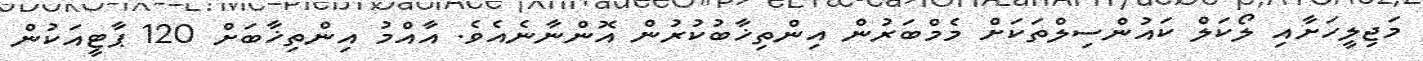
މަޖިލީހަށާއި ލޯކަލް ކައުންސިލްތަކަށް މެމްބަރުން އިންތިޚާބުކުރުން އޮންނާނެއެވެ. އާއްމު އިންތިޚާބަށް 120 ޕާޓީއަކުން